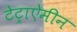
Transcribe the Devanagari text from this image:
टेट्राऐमीन